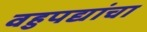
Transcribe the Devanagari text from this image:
वहुपद्यांचा